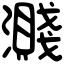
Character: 濺